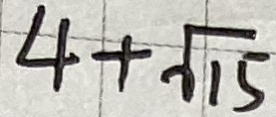
4 + \sqrt { 1 5 }